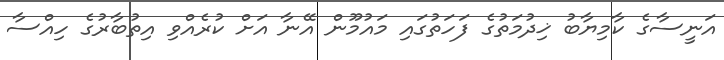
އަނީސާގެ ކާމިޔާބު ޚިދުމަތުގެ ފަހަތުގައި މައުމޫން އޭނާ އަށް ކުރެއްވި އިތުބާރުގެ ހިއްސާ